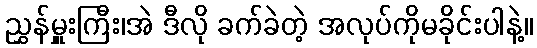
ညွှန်မှူးကြီး၊အဲ ဒီလို ခက်ခဲတဲ့ အလုပ်ကိုမခိုင်းပါနဲ့။